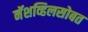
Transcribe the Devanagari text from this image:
नॅशव्हिलसोबत